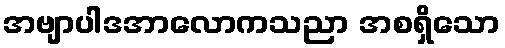
အဗျာပါဒအာလောကသညာ အစရှိသော